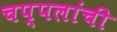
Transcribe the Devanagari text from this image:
चप्पलांची